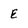
Character: E